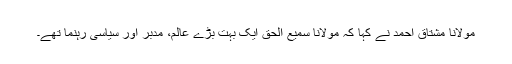
مولانا مشتاق احمد نے کہا کہ مولانا سمیع الحق ایک بہت بڑے عالم، مدبر اور سیاسی رہنما تھے۔